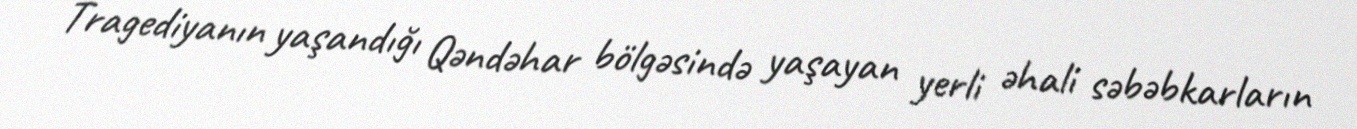
Tragediyanın yaşandığı Qəndəhar bölgəsində yaşayan yerli əhali səbəbkarların